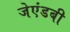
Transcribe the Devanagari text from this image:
जेएंडबी